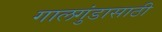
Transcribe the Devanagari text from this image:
गालगुंडासाठी